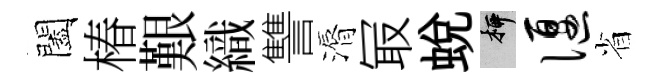
闔椿艱織讐漘冣蛻柳偃省